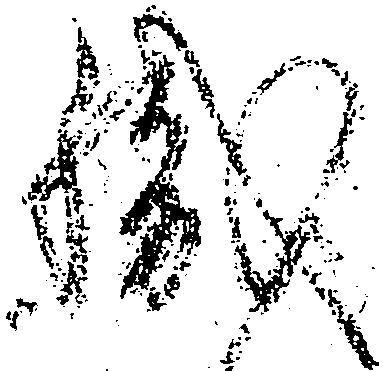
職